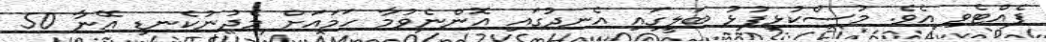
ފެއްޓެވި އެވެ. މުސްކުޅިފުޅު ބަލީގައި އެނދުގައި އޮންނެވުމާ ހަމައަށް މެދުނުކެނޑި އޭނާ 50